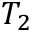
T _ { 2 }